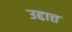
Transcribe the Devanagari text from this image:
उद्दात्त